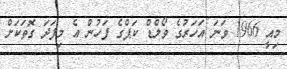
މިއީ 1966 ވަނަ އަހަރުގެ ވޯލްޑް ކަޕްގެ ފަހުން އެ މިފަދަ ގޮތަކަށް